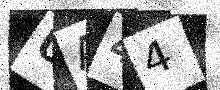
Text: UA44